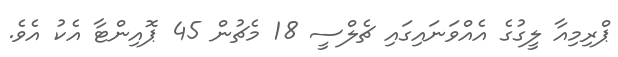
ޕްރިމިއާ ލީގުގެ އެއްވަނައިގައި ޗެލްސީ 18 މެޗުން 45 ޕޮއިންޓާ އެކު އެވެ.